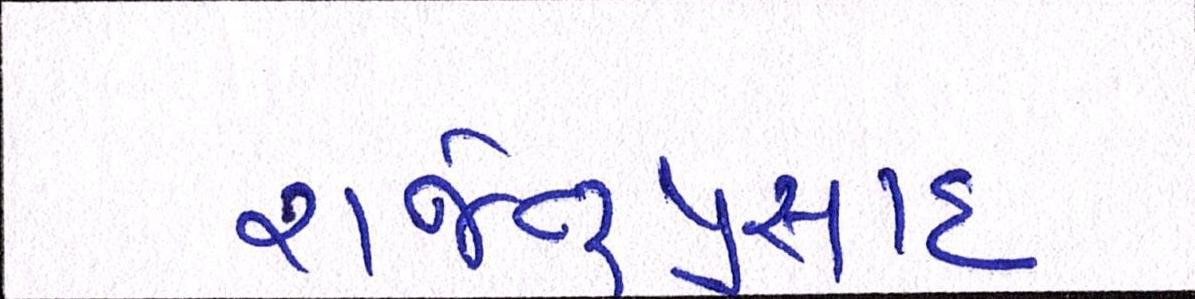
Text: રાજેન્દ્રપ્રસાદ